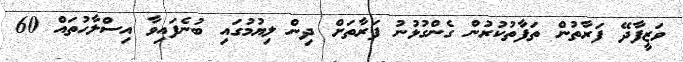
ވަޒީފާދޭ ފަރާތުން ތަފާތުކުރުން ގެންގުޅުނު ފަރާތަށް ދިން ލިޔުމުގައި ބުނެފައިވާ އިސްލާހުތައް 60